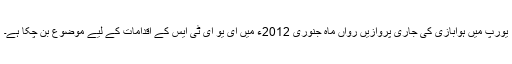
یورپ میں ہوابازی کی جاری پروازیں رواں ماہ جنوری 2012ء میں ای یو ای ٹی ایس کے اقدامات کے لیے موضوع بن چکا ہے۔